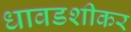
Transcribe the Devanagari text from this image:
धावडशीकर